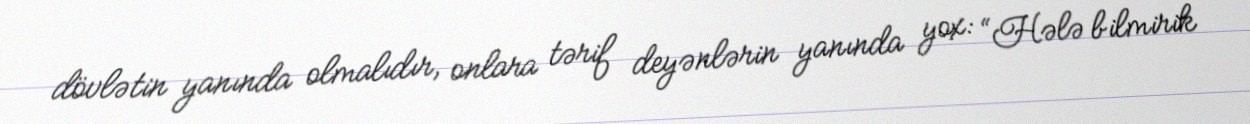
dövlətin yanında olmalıdır, onlara tərif deyənlərin yanında yox: “Hələ bilmirik